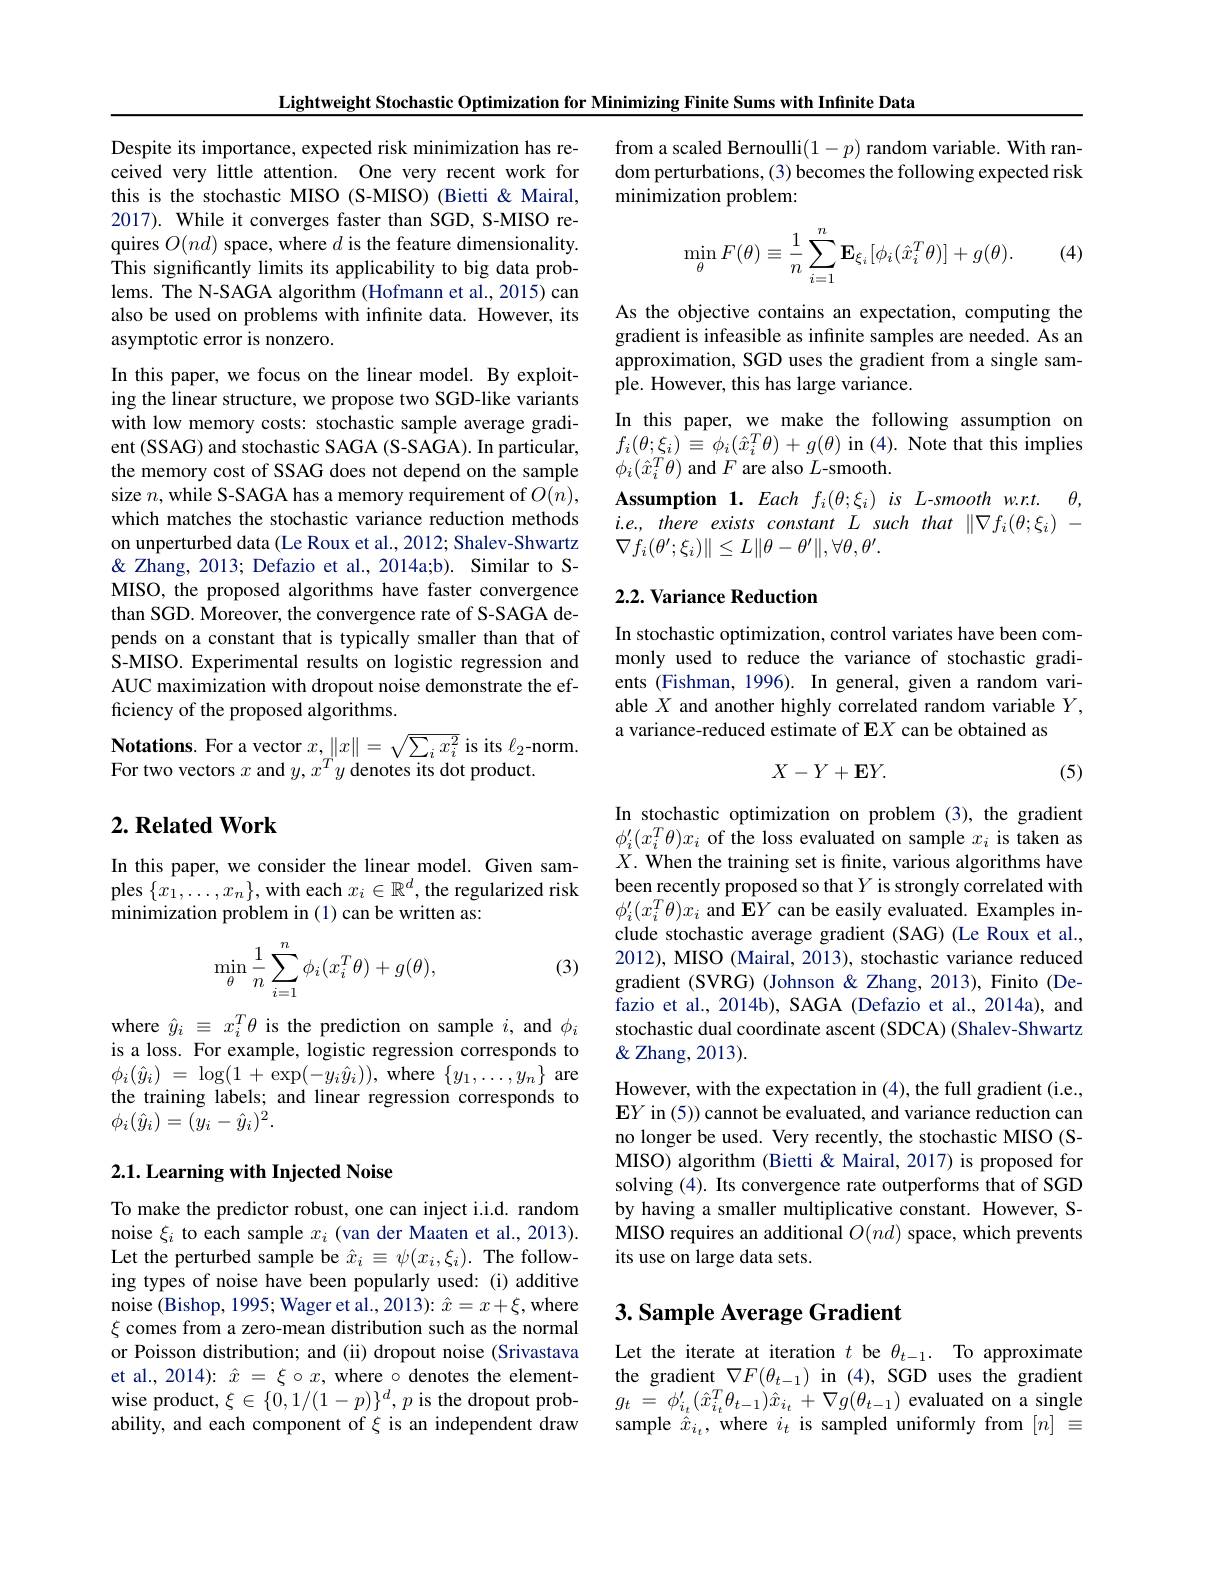
Lightweight Stochastic Optimization for Minimizing Finite Sums with Infinite Data

Despite its importance, expected risk minimization has received very little attention. One very recent work for this is the stochastic MISO (S-MISO) (Bietti &Mairal, 2017). While it converges faster than SGD, S-MISO requires $O(nd)$ space, where $d$ is the feature dimensionality. This significantly limits its applicability to big data problems. The N-SAGA algorithm (Hofmann et al., 2015) can also be used on problems with infnite data. However, its asymptotic error is nonzero.

In this paper, we focus on the linear model. By exploiting the linear structure, we propose two SGD-like variants with low memory costs: stochastic sample average gradient (SSAG) and stochastic SAGA (S-SAGA). In particular, the memory cost of SSAG does not depend on the sample size $n$,while S-SAGA has a memory requirement of $O(n)$, which matches the stochastic variance reduction methods on unperturbed data (Le Roux et al., 2012; Shalev-Shwartz & Zhang, 2013; Defazio et al., 2014a;b). Similar to SMISO, the proposed algorithms have faster convergence than SGD. Moreover, the convergence rate of S-SAGA depends on a constant that is typically smaller than that of S-MISO. Experimental results on logistic regression and AUC maximization with dropout noise demonstrate the efficiency of the proposed algorithms.
$\textbf{Notations. For a vector }x, \| x\| = \sqrt {\sum _{i}x_{i}^{2}}$ is its $\ell_2$-norm.
For two vectors $x$ and $y,x^Ty$ denotes its dot product.

### $2. \textbf{Related Work}$

In this paper, we consider the linear model. Given samples $\{x_1,\ldots,x_n\}$,with each $x_i\in\mathbb{R}^d$, the regularized risk minimization problem in (1) can be written as:

(3)
$$\min\limits_{\theta}\dfrac{1}{n}\sum\limits_{i=1}^{n}\phi_i(x_i^T\theta)+g(\theta),$$
where $\hat{y}_{i}\equiv x_{i}^{T}\theta$ is the prediction on sample $i$, and $\phi_{i}$ is a loss. For example, logistic regression corresponds to $\phi _{i}( \hat{y} _{i})$ = $\log ( 1$ + $\exp ( - y_{i}\hat{y} _{i}) ) $, where $\{ y_{1}, \ldots , y_{n}\}$ are the training labels; and linear regression corresponds to $\phi_{i}(\hat{y}_{i})=(y_{i}-\hat{y}_{i})^{2}.$

### 2.1. Learning with Injected Noise

To make the predictor robust, one can inject i.i.d. random noise $\xi_i$ to each sample $x_i$ (van der Maaten et al., 2013). Let the perturbed sample be $\hat{x}_i\equiv\psi(x_i,\xi_i).$ The following types of noise have been popularly used: (i) additive noise (Bishop, 1995; Wager et al., 2013): $\hat{x}=x+\xi$, where $\xi$ comes from a zero-mean distribution such as the normal or Poisson distribution; and (ii) dropout noise (Srivastava et al., 2014): $\hat{x}=\xi\circ x$, where $\circ$ denotes the elementwise product, $\xi\in\{0,1/(1-p)\}^d,p$ is the dropout probability, and each component of $\xi$ is an independent draw

from a scaled Bernoulli$(1-p)$ random variable. With random perturbations, (3) becomes the following expected risk minimization problem:

(4)
$$\min\limits_{\theta}F(\theta)\equiv\dfrac{1}{n}\sum\limits_{i=1}^{n}\mathbf{E}_{\xi_{i}}[\phi_{i}(\hat{x}_{i}^{T}\theta)]+g(\theta).$$
As the objective contains an expectation, computing the gradient is infeasible as infinite samples are needed. As an approximation, SGD uses the gradient from a single sample. However, this has large variance
In this paper, we make the following assumption on $f_{i}(\theta;\xi_{i})\equiv\phi_{i}(\hat{x}_{i}^{T}\theta)+g(\theta)$ in (4). Note that this implies $\phi_{i}(\hat{x}_{i}^{T}\theta)$ and $F$ are also $L$-smooth.
$\textbf{Assumption}\mathbf{1. }Eachf_{i}( \theta ; \xi _{i}) isL$-smooth$w. r. t.$ $\theta $, $i.e.,thereexistsconstantLsuchthat\|\nabla f_{i}(\theta;\xi_{i})~-$ $\nabla f_{i}(\theta^{\prime};\xi_{i})\|\leq L\|\theta-\theta^{\prime}\|,\forall\theta,\theta^{\prime}.$

## 2.2. Variance Reduction

In stochastic optimization, control variates have been commonly used to reduce the variance of stochastic gradients (Fishman, 1996). In general, given a random variable $X$ and another highly correlated random variable $Y$, a variance-reduced estimate of EX can be obtained as
$$X-Y+\mathbf{E}Y.$$
(5)

In stochastic optimization on problem (3), the gradient $\phi_i^{\prime}(x_i^T\theta)x_i$ of the loss evaluated on sample $x_i$ is taken as $X.$ When the training set is finite, various algorithms have been recently proposed so that $Y$ is strongly correlated with $\phi_i^{\prime}(x_i^T\theta)x_i$ and E$Y$ can be easily evaluated. Examples include stochastic average gradient (SAG) (Le Roux et al., 2012), MISO (Mairal, 2013), stochastic variance reduced gradient (SVRG) (Johnson &Zhang, 2013), Finito (Defazio et al., 2014b), SAGA (Defazio et al., 2014a), and stochastic dual coordinate ascent (SDCA) (Shalev-Shwartz $\&$Zhang, 2013).
However, with the expectation in (4), the full gradient (i.e., $\mathbf{E}Y$ in (5)) cannot be evaluated, and variance reduction can no longer be used. Very recently, the stochastic MISO (SMISO) algorithm (Bietti & Mairal, 2017) is proposed for solving (4). Its convergence rate outperforms that of SGD by having a smaller multiplicative constant. However, SMISO requires an additional $O(nd)$ space, which prevents its use on large data sets.

# 3. Sample Average Gradient

Let the iterate at iteration $t$ be $\theta_{t-1}.$ To approximate the gradient $\nabla F(\theta_{t-1})$ in (4), SGD uses the gradient $g_{t}$ = $\phi _{i_{t}}^{\prime }\left ( \hat{x} _{i_{t}}^{T}\theta _{t- 1}\right ) \hat{x} _{i_{t}}$ + $\nabla g( \theta _{t- 1})$ evaluated on a single sample $\hat{x}_{i_t}$,where $i_t$ is sampled uniformly from $[n]\equiv$